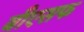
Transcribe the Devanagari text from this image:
बीएसफ